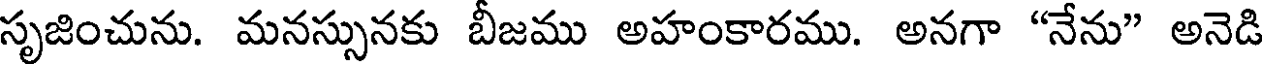
సృజించును. మనస్సునకు బీజము అహంకారము. అనగా "నేను" అనెడి